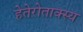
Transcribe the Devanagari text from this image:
हेतेरोताक्स्य